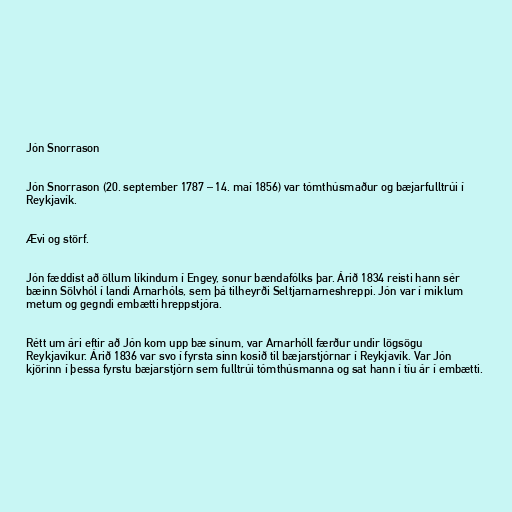
Jón Snorrason

Jón Snorrason (20. september 1787 – 14. maí 1856) var tómthúsmaður og bæjarfulltrúi í
Reykjavík.

Ævi og störf.

Jón fæddist að öllum líkindum í Engey, sonur bændafólks þar. Árið 1834 reisti hann sér
bæinn Sölvhól í landi Arnarhóls, sem þá tilheyrði Seltjarnarneshreppi. Jón var í miklum
metum og gegndi embætti hreppstjóra.

Rétt um ári eftir að Jón kom upp bæ sínum, var Arnarhóll færður undir lögsögu
Reykjavíkur. Árið 1836 var svo í fyrsta sinn kosið til bæjarstjórnar í Reykjavík. Var Jón
kjörinn í þessa fyrstu bæjarstjórn sem fulltrúi tómthúsmanna og sat hann í tíu ár í embætti.